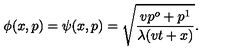
\phi ( x , p ) = \psi ( x , p ) = \sqrt { \frac { v p ^ { o } + p ^ { 1 } } { \lambda ( v t + x ) } } .